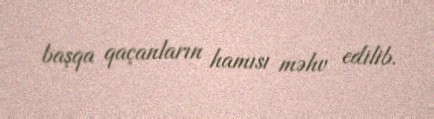
başqa qaçanların hamısı məhv edilib.